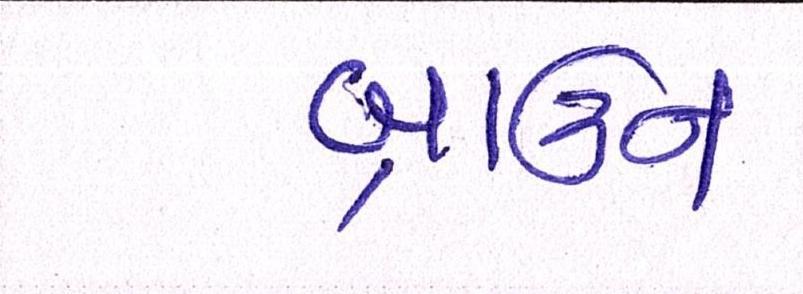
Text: બ્રાઉન